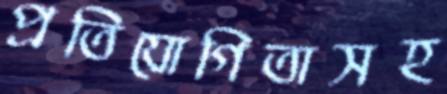
প্রতিযোগিতাসহ